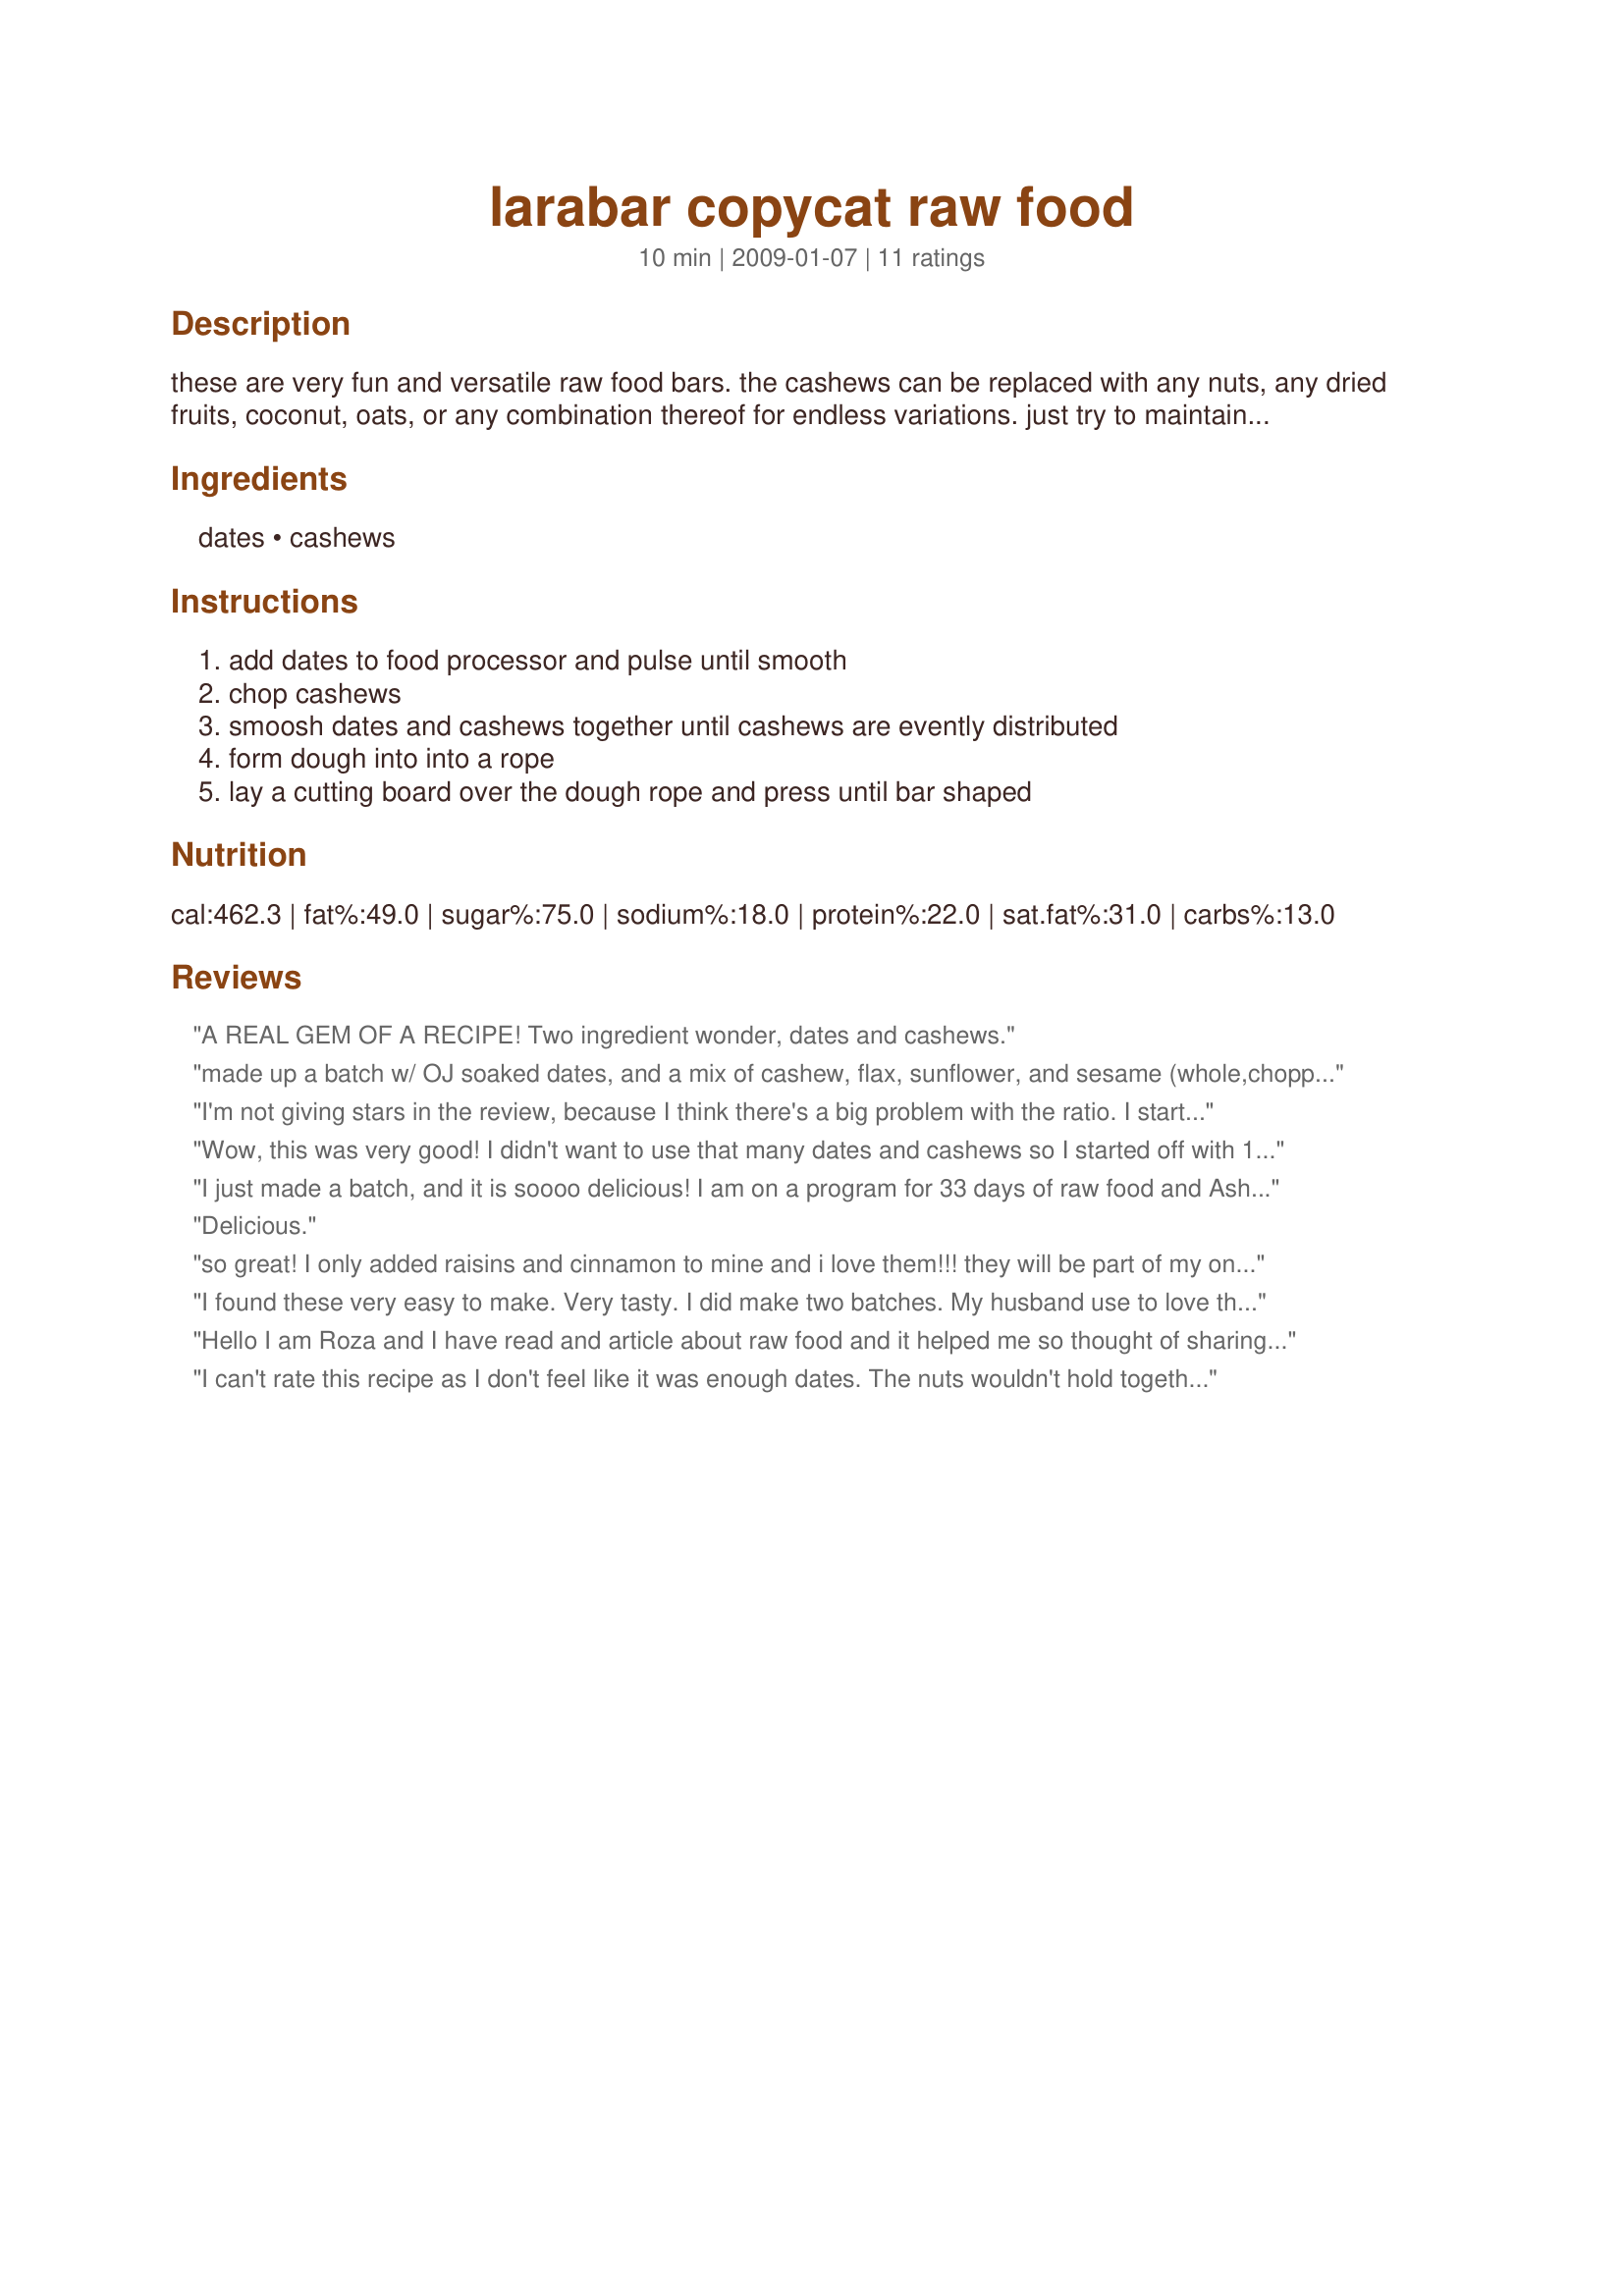
larabar copycat raw food
Preparation time: 10 minutes

these are very fun and versatile raw food bars. the cashews can be replaced with any nuts, any dried fruits, coconut, oats, or any combination thereof for endless variations. just try to maintain the 1:3 ratio and you'll be fine. originally seen at bunnyfoot mostly vegan blog.

Ingredients:
dates, cashews

Steps:
add dates to food processor and pulse until smooth, chop cashews, smoosh dates and cashews together until cashews are evently distributed, form dough into into a rope, lay a cutting board over the dough rope and press until bar shaped

Reviews:
A REAL GEM OF A RECIPE! Two ingredient wonder, dates and cashews.
made up a batch w/ OJ soaked dates, and a mix of cashew, flax, sunflower, and sesame (whole,chopped and ground mixes for different textures) added a pinch of cinnamon and sea salt...rolled and press in parchment paper and cut into 9 bars...<b>wonderful</b>, love the possibilities!! -thanks :)
I'm not giving stars in the review, because I think there's a big problem with the ratio. I started to half the recipe by putting 1.5 c cashews in my little processor. I put that in a bowl and did .5 c dates in the processor. There was no way that was going to stick together. I added 2 more cups of dates and that worked fine and looked like the picture posted to the recipe. So that was 2.5 c dates and 1.5 c cashews. I think 1:3 would work, but the 1 should be the cashews. Reviewed for Healthy Choices ABC tag game.
Wow, this was very good! I didn't want to use that many dates and cashews so I started off with 1 cup cashews and threw in a few dates until it held together. I also threw in a few walnuts. I pressed the mixture into a pan and placed it in the freezer to harden a bit. These hold up better when they are chilled. I will be making these often since I'm eating nothing but RAW Foods. Thanks for sharing!
I just made a batch, and it is soooo delicious! I am on a program for 33 days of raw food and Ashtanga yoga, so I am looking for ideas on what and how to eat. I used 3 cups of mixed raw nuts (cashews, almonds, pistachios, hazelnuts and walnuts) and a little more than 1 cup of dates (like a cup then added 2 more dates). I used a coffee grinder to grind up the nuts first. Then I used a food processor to chop up the dates, then combined the 2 in the food processor. Afterwards, I shaped them into breakfast bar size/shape on my chopping board and wrapped them individually for convenience. I am very pleasantly surprised at how well they stay together (I have a feeling, grinding the nuts helped to make it more a paste than loose chopped nuts really helped), and how yummy it tastes! This is really great, and not so hard to make!
Delicious.
so great! I only added raisins and cinnamon to mine and i love them!!! they will be part of my on-the-go breakfast each day until i run out! thanks so much!
I found these very easy to make. Very tasty. I did make two batches. My husband use to love the payday bars when he was little so on the second batch, I added 1/8 of tsp. of Himalayan Sea Salt to the recipe and then spritz sprinkle some on top too. I also rolled them into round balls and then smashed them into thin flat pieces ( about the size of a 50 cent piece). My husband loved them. We call them Gold Coins ! (since they copy the payday bar somewhat.)
Hello I am Roza and I have read and article about raw food and it helped me so thought of sharing do read its interesting https://bestwaysto.net/boost-health-and-immune-system-with-raw-foods-how-to/
I can't rate this recipe as I don't feel like it was enough dates. The nuts wouldn't hold together with the dates. So I didn't get bars. Instead it's more like granola that will be eaten with a spoon. Thanks vigilant. I'll give it another try later. Made for Healthy tag game
This is a great basic recipe. Like it says, the variations are endless. I reduced it down to 1/3 cup dates and 1 cup cashews/almonds/dried cherries/dried apricots because I want to try out some different flavor combinations before I commit to a whole batch of something. It's very easy to do and they came out tasty. A very healthy treat.
